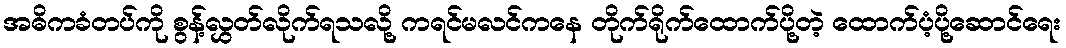
အဓိကခံတပ်ကို စွန့်လွှတ်လိုက်ရသလို့ ကရင်မလင်ကနေ တိုက်ရိုက်ထောက်ပို့တဲ့ ထောက်ပံ့ပို့ဆောင်ရေး